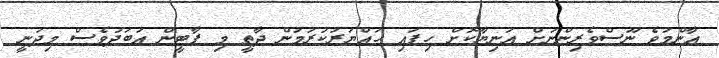
އާންމުވެ ނޫސްވެރިންނަށް އަނިޔާކޮށް ހިފައި ހައްޔަރުކުރަމުން ދާތީ މި ޕާޓީން އަބަދުވެސް މިދަނީ